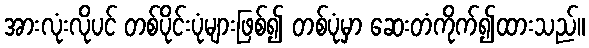
အားလုံးလိုပင် တစ်ပိုင်းပုံများဖြစ်၍ တစ်ပုံမှာ ဆေးတံကိုက်၍ထားသည်။